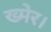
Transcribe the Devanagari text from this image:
ख्मेर।